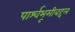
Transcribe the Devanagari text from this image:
पार्श्वभूमीबद्दल